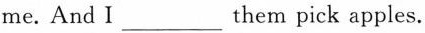
me. And I___ them pick apples.